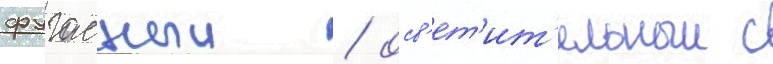
фугасныи / осв'ет'ит'ельныи с